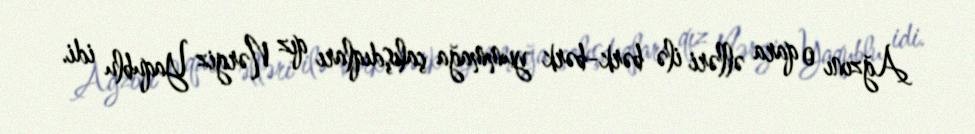
Ağzını o qara əlləri ilə bərk-bərk yummağa çalışdıqları qız Nərgiz Yaqublu idi.